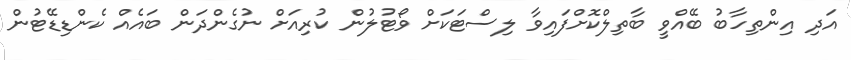
އަދި އިންތިހާބު ބޭއްވީ ބާތިލްކޮށްފައިވާ ލިސްޓަކަށް ވޯޓުލުން ކުރިއަށް ނުގެންދަން ބައެއް ކެންޑިޑޭޓުން